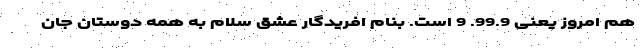
هم امروز یعنی 99.9. 9 است. بنام افریدگار عشق سلام به همه دوستان جان